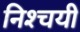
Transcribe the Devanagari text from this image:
निश्‍चयी